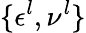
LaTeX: \{ \epsilon^{l},\nu^{l}\}